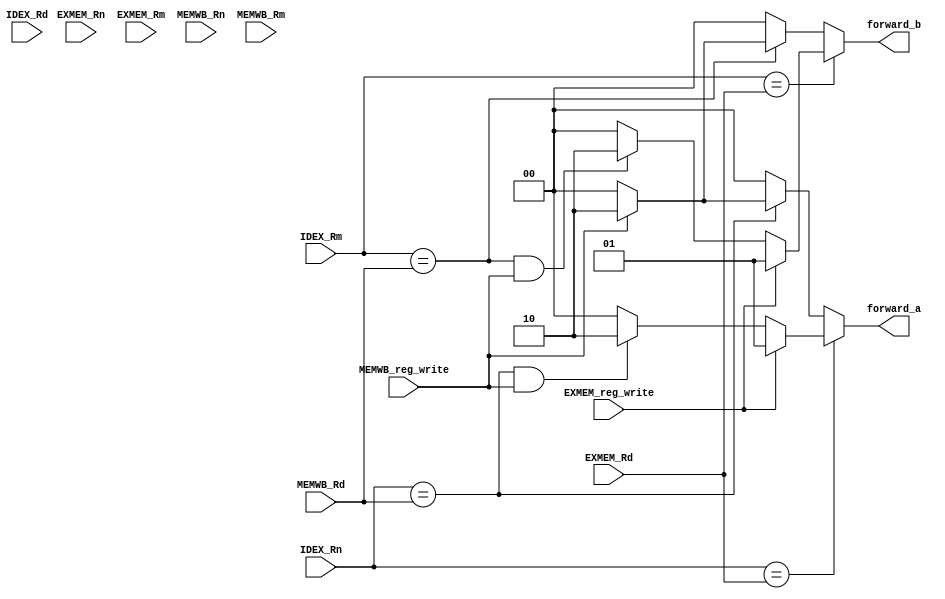
`timescale 1ns / 1ps
//////////////////////////////////////////////////////////////////////////////////
// Company: 
// Engineer: 
// 
// Design Name: 
// Module Name: forwarding_unit
// Project Name: 
// Target Devices: 
// Tool Versions: 
// Description: 
// 
// Dependencies: 
// 
// Revision:
// Revision 0.01 - File Created
// Additional Comments:
// 
//////////////////////////////////////////////////////////////////////////////////


module forwarding_unit(
input wire [3:0]IDEX_Rd,
input wire [3:0]IDEX_Rn,
input wire [3:0]IDEX_Rm,
input wire [3:0]EXMEM_Rd,
input wire [3:0]EXMEM_Rn,
input wire [3:0]EXMEM_Rm,
input wire [3:0]MEMWB_Rd,
input wire [3:0]MEMWB_Rn,
input wire [3:0]MEMWB_Rm,
output reg [1:0]forward_a,
output reg [1:0]forward_b,
input wire EXMEM_reg_write,
input wire MEMWB_reg_write
);
always @(*) begin
    case(IDEX_Rn) //Input A is Rn
        EXMEM_Rd: begin //Newest value first...
            if (EXMEM_reg_write) begin //We only want to forward if we are writing to this register
                forward_a <= 2'b01;
            end
            else begin
                if (IDEX_Rn == MEMWB_Rd && MEMWB_reg_write) begin
                    forward_a <= 2'b10;
                end
                else begin
                    forward_a <= 2'b00;
                end
            end
        end
        
        MEMWB_Rd: begin
            if (MEMWB_reg_write) begin //We only want to forward if we are writing to this register
                forward_a <= 2'b10;
            end
            else begin
                forward_a <= 2'b00;
            end
        end
        
        default: begin //doesnt match
            forward_a <= 2'b00;
        end
    endcase
    
    case(IDEX_Rm) //Input B is Rm
        EXMEM_Rd: begin
            if (EXMEM_reg_write) begin //We only want to forward if we are writing to this register
                forward_b <= 2'b01;
            end
            else begin
                if (IDEX_Rm == MEMWB_Rd && MEMWB_reg_write) begin
                    forward_b <= 2'b10;
                end
                else begin
                    forward_b <= 2'b00;
                end
            end
        end
        
        MEMWB_Rd: begin
            if (MEMWB_reg_write) begin //We only want to forward if we are writing to this register
                forward_b <= 2'b10;
            end
            else begin
                forward_b <= 2'b00;
            end
        end
        
        default: begin //doesn't match
            forward_b <= 2'b00;
        end
    endcase
end
endmodule